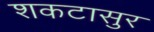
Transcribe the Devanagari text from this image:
शकटासुर